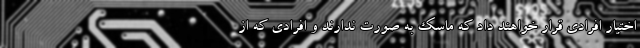
اختیار افرادی قرار خواهند داد که ماسک به صورت ندارند و افرادی که از